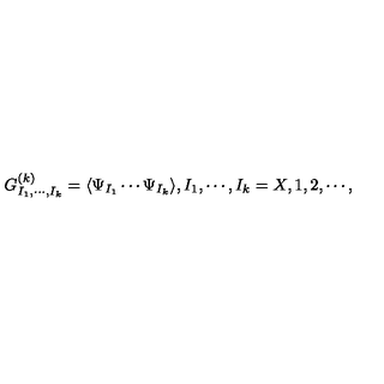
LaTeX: G _ { I _ { 1 } , \cdots , I _ { k } } ^ { ( k ) } = \langle \Psi _ { I _ { 1 } } \cdots \Psi _ { I _ { k } } \rangle , I _ { 1 } , \cdots , I _ { k } = X , 1 , 2 , \cdots ,